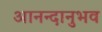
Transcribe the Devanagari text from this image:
आनन्दानुभव